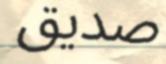
صديق